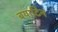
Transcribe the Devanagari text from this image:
बयाटिन